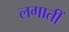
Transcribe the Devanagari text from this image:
लगातीं